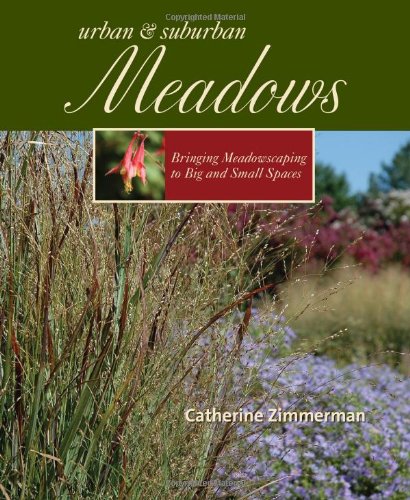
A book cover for Urban and Suburban Meadows: Bringing Meadowscaping to Big and Small Spaces; Catherine Zimmerman; Crafts, Hobbies & Home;